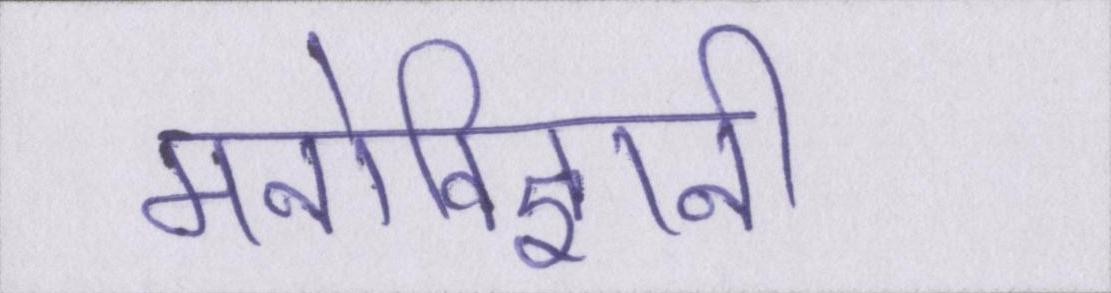
मनोविज्ञानी